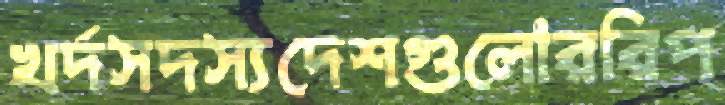
খর্দসদস্যদেশগুলোররিপ্